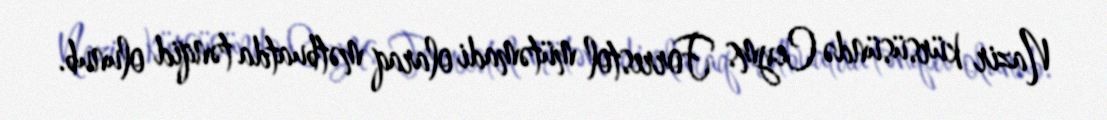
Nazir kürsüsündə Ceyms Forrestol mütəmadi olaraq mətbuatda tənqid olunub.